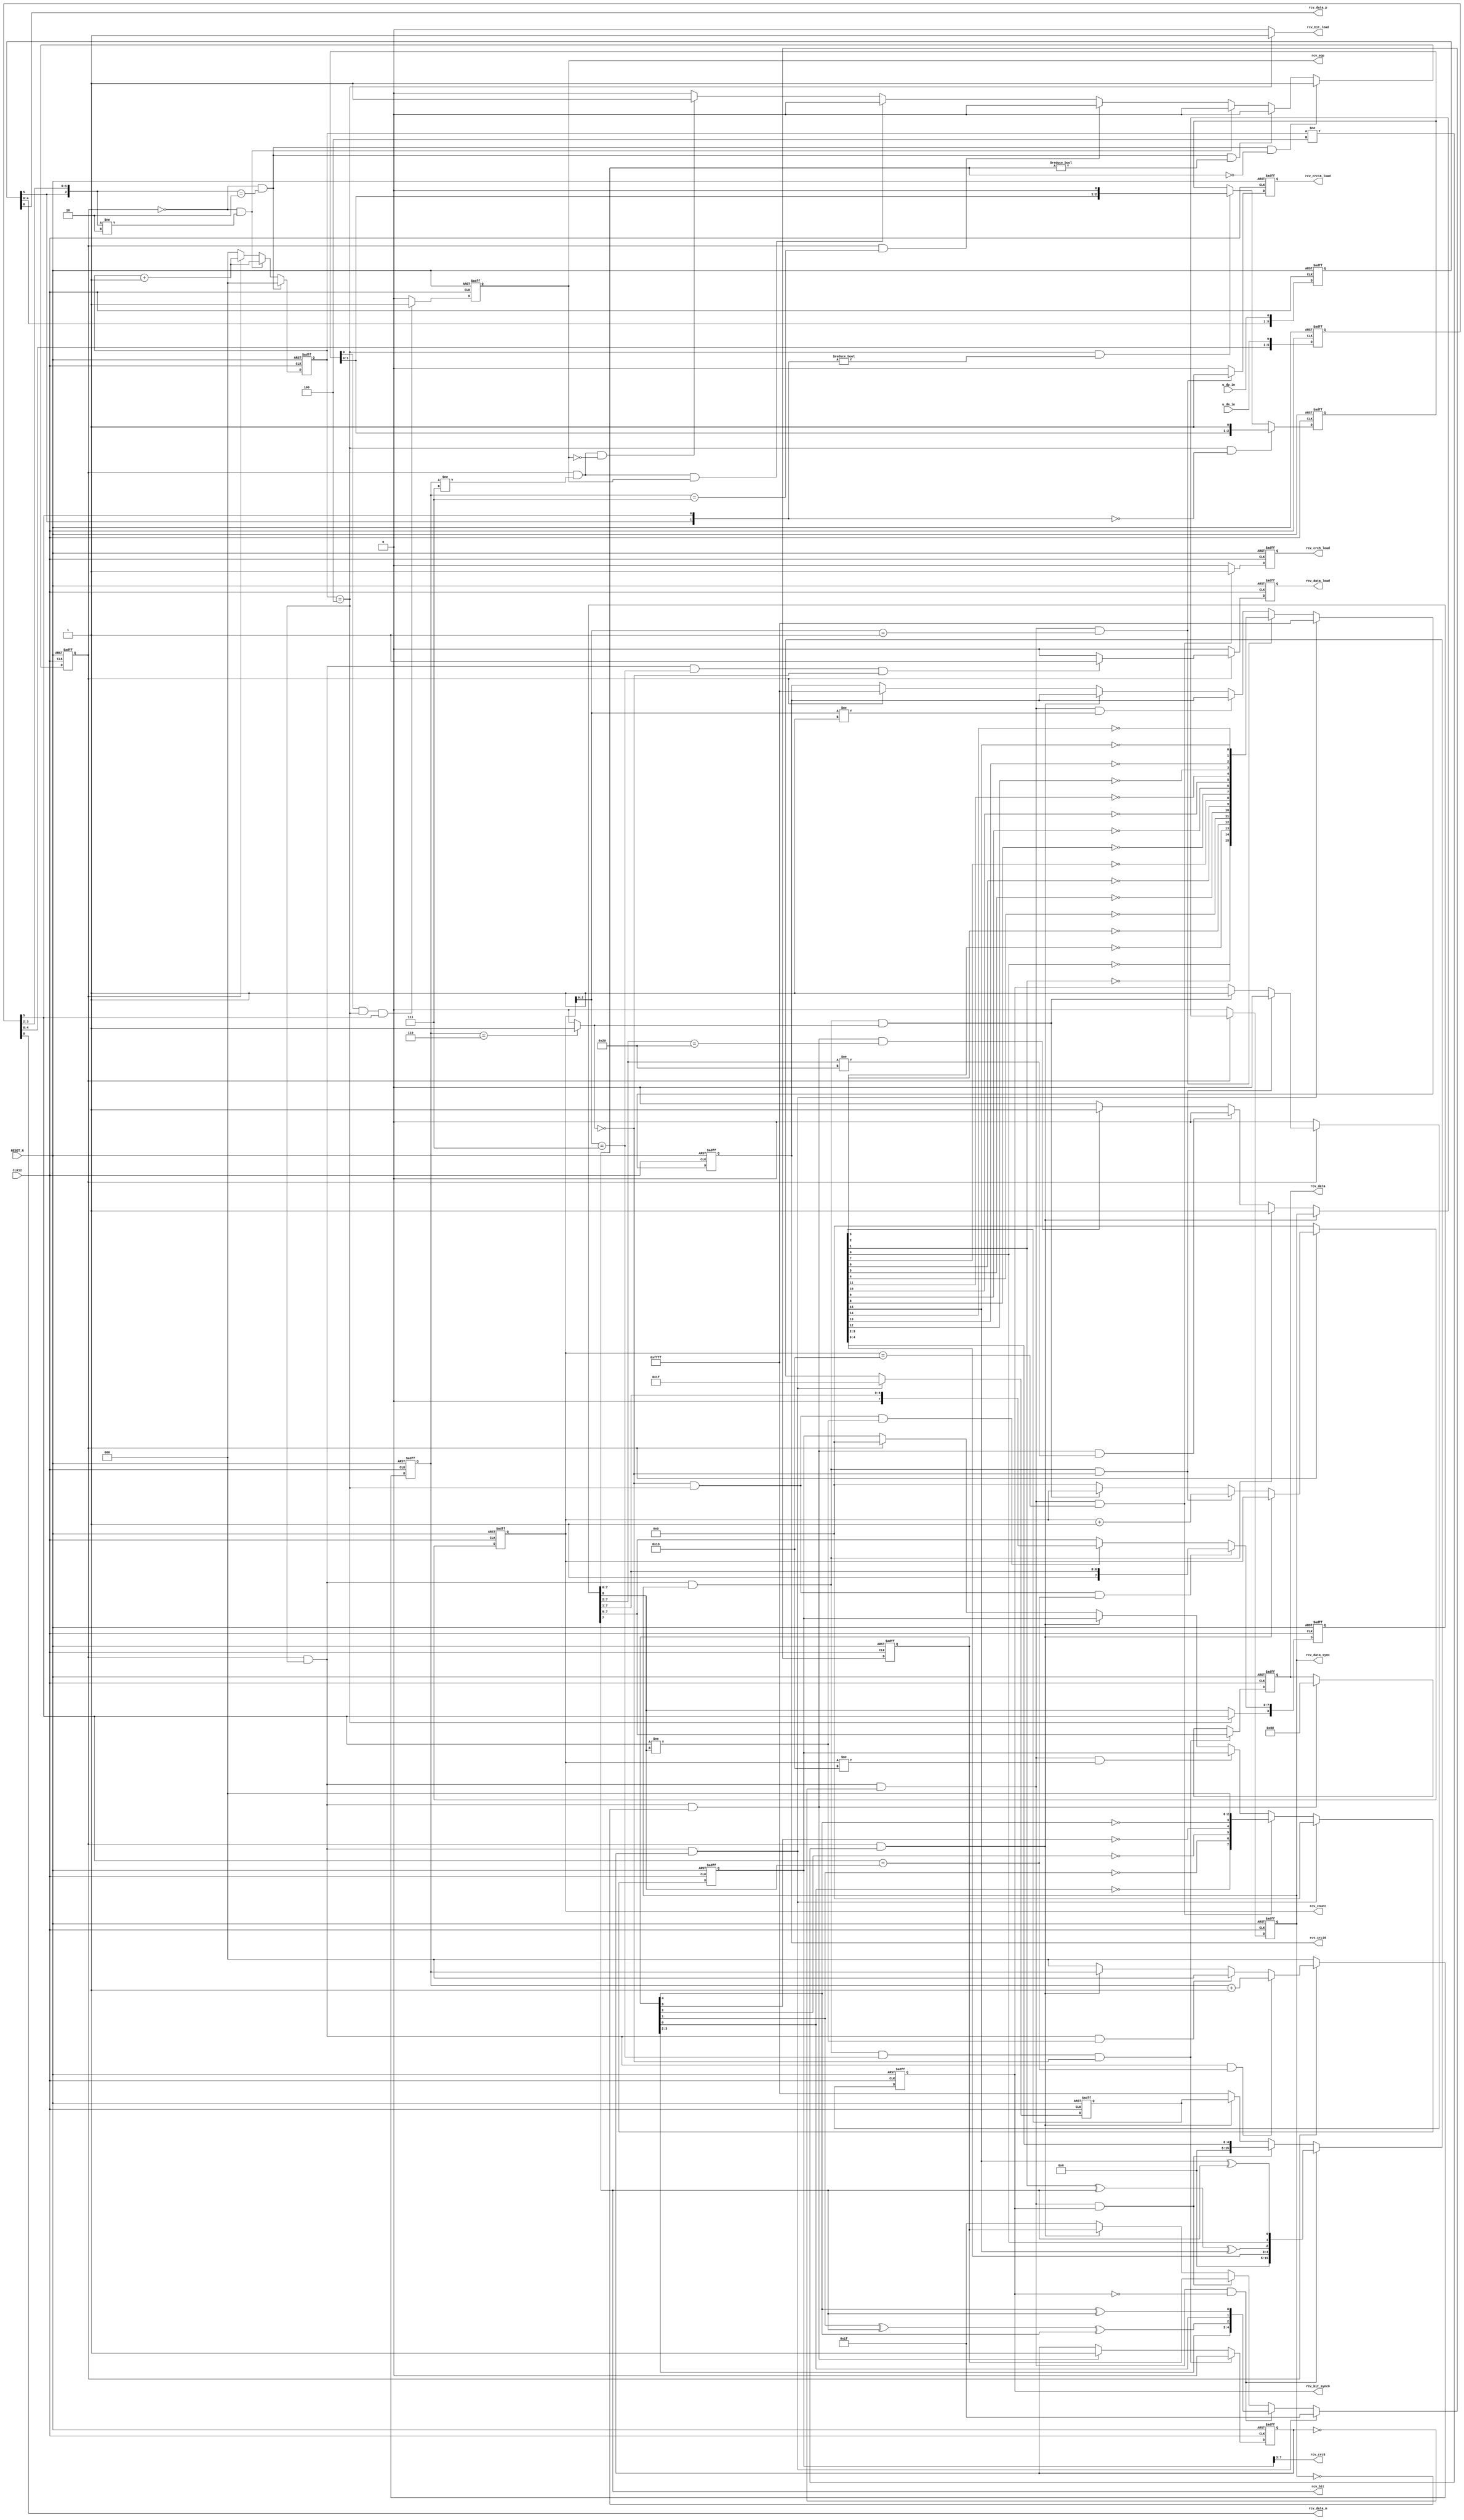
//-----------------------------------------------------------------------------
//
//  low_rcv.v : lowspeed recieve top module
//
//  LICENSE : as-is
//  copyright (C) 2013, TakeshiNagashima caramelgate@gmail.com
//------------------------------------------------------------------------------
//  2013/jun/17 release 0.0  connection test
//
//------------------------------------------------------------------------------

module low_rcv (
	input			u_dm_in,	// -D
	input			u_dp_in,	// +D

	output			rcv_data_m,		// -D
	output			rcv_data_p,		// +D

	output	[7:0]	rcv_data,		// recieve data
	output			rcv_data_load,	// data latch timing
	output			rcv_data_sync,	// bit latch timing
	output	[7:0]	rcv_count,		// bit count
	output			rcv_eop,		// find eop
	output	[4:0]	rcv_crc5,		// crc5
	output			rcv_crc5_load,	// crc5 latch timing
	output	[15:0]	rcv_crc16,		// crc16
	output			rcv_crc16_load,	// crc16 latch timing
	output			rcv_bit_sync6,	// find 1x6
	output			rcv_bit,		// recieve bit
	output			rcv_bit_load,	// bit latch timing

	input			CLK12,		// 12MHz (=1.5x8)
	input			RESET_N		// #reset
);



	reg		[7:0] rcv_data_p_in_r;
	reg		[7:0] rcv_data_m_in_r;
	reg		rcv_clk_sync_lock_r;
	reg		[2:0] rcv_clk_sync_count_r;
	reg		rcv_clk_sync_r;
	reg		[2:0] rcv_bit_sync_r;
	reg		rcv_bit_sync6_r;
	reg		rcv_data_sync_r;
	reg		rcv_data_load_r;
	reg		rcv_eop_r;
	reg		[2:0] rcv_eop_sync_r;
//	reg		[7:0] rcv_byte_count_r;
	reg		[7:0] rcv_data_count_r;
	reg		[8:0] rcv_data_in_r;
	reg		[7:0] rcv_data_r;
	reg		rcv_data_pid_r;
	reg		[4:0] rcv_data_crc5_r;
	reg		[7:0] rcv_data_crc5_out_r;
	reg		rcv_data_crc5_load_r;
	reg		[15:0] rcv_data_crc16_r;
	reg		[15:0] rcv_data_crc16_out_r;
	reg		rcv_data_crc16_load_r;

	wire	[7:0] rcv_data_p_in_w;
	wire	[7:0] rcv_data_m_in_w;
	wire	rcv_clk_sync_lock_w;
	wire	[2:0] rcv_clk_sync_count_w;
	wire	rcv_clk_sync_w;
	wire	[2:0] rcv_bit_sync_w;
	wire	rcv_bit_sync6_w;
	wire	rcv_data_sync_w;
	wire	rcv_data_load_w;
	wire	rcv_eop_w;
	wire	[2:0] rcv_eop_sync_w;
//	wire	[7:0] rcv_byte_count_w;
	wire	[7:0] rcv_data_count_w;
	wire	[8:0] rcv_data_in_w;
	wire	[7:0] rcv_data_w;
	wire	rcv_data_pid_w;
	wire	[4:0] rcv_data_crc5_w;
	wire	[7:0] rcv_data_crc5_out_w;
	wire	rcv_data_crc5_load_w;
	wire	[15:0] rcv_data_crc16_w;
	wire	[15:0] rcv_data_crc16_out_w;
	wire	rcv_data_crc16_load_w;

	assign rcv_data_m=rcv_data_m_in_r[0];
	assign rcv_data_p=rcv_data_p_in_r[0];

	assign rcv_data[7:0]=rcv_data_r[7:0];
	assign rcv_data_load=rcv_data_load_r;
	assign rcv_data_sync=rcv_data_sync_r;
	assign rcv_count[7:0]=rcv_data_count_r[7:0];
	assign rcv_eop=rcv_eop_r;
	assign rcv_crc5[4:0]=rcv_data_crc5_out_r[7:3];
	assign rcv_crc5_load=rcv_data_crc5_load_r;
	assign rcv_crc16[15:0]=rcv_data_crc16_out_r[15:0];
	assign rcv_crc16_load=rcv_data_crc16_load_r;
	assign rcv_bit_sync6=rcv_bit_sync6_r;
	assign rcv_bit=rcv_data_in_r[7];
	assign rcv_bit_load=(rcv_clk_sync_count_r[2:0]==3'b100) ? 1'b1 : 1'b0;


	always @(posedge CLK12 or negedge RESET_N)
	begin
		if (RESET_N==1'b0)
			begin
				rcv_data_p_in_r[7:0] <= 8'b0;
				rcv_data_m_in_r[7:0] <= 8'b0;
				rcv_clk_sync_lock_r <= 1'b0;
				rcv_clk_sync_count_r[2:0] <= 3'b0;
				rcv_clk_sync_r <= 1'b0;
				rcv_bit_sync_r[2:0] <= 3'b0;
				rcv_bit_sync6_r <= 1'b0;
			//	rcv_byte_count_r[7:0] <= 8'b0;
				rcv_data_count_r[7:0] <= 8'b0;
				rcv_data_sync_r <= 1'b0;
				rcv_data_load_r <= 1'b0;
				rcv_eop_r <= 1'b0;
				rcv_eop_sync_r[2:0] <= 3'b0;
				rcv_data_in_r[8:0] <= 9'h100;
				rcv_data_r[7:0] <= 8'h00;
				rcv_data_pid_r <= 1'b0;
				rcv_data_crc5_r[4:0] <= 5'b11111;
				rcv_data_crc5_out_r[7:0] <= 8'b0;
				rcv_data_crc5_load_r <= 1'b0;
				rcv_data_crc16_r[15:0] <= 16'hffff;
				rcv_data_crc16_out_r[15:0] <= 16'hffff;
				rcv_data_crc16_load_r <= 1'b0;
			end
		else
			begin
				rcv_data_p_in_r[7:0] <= rcv_data_p_in_w[7:0];
				rcv_data_m_in_r[7:0] <= rcv_data_m_in_w[7:0];
				rcv_clk_sync_lock_r <= rcv_clk_sync_lock_w;
				rcv_clk_sync_count_r[2:0] <= rcv_clk_sync_count_w[2:0];
				rcv_clk_sync_r <= rcv_clk_sync_w;
				rcv_bit_sync_r[2:0] <= rcv_bit_sync_w[2:0];
				rcv_bit_sync6_r <= rcv_bit_sync6_w;
			//	rcv_byte_count_r[7:0] <= rcv_byte_count_w[7:0];
				rcv_data_count_r[7:0] <= rcv_data_count_w[7:0];
				rcv_data_sync_r <= rcv_data_sync_w;
				rcv_data_load_r <= rcv_data_load_w;
				rcv_eop_r <= rcv_eop_w;
				rcv_eop_sync_r[2:0] <= rcv_eop_sync_w[2:0];
				rcv_data_in_r[8:0] <= rcv_data_in_w[8:0];
				rcv_data_r[7:0] <= rcv_data_w[7:0];
				rcv_data_pid_r <= rcv_data_pid_w;
				rcv_data_crc5_r[4:0] <= rcv_data_crc5_w[4:0];
				rcv_data_crc5_out_r[7:0] <= rcv_data_crc5_out_w[7:0];
				rcv_data_crc5_load_r <= rcv_data_crc5_load_w;
				rcv_data_crc16_r[15:0] <= rcv_data_crc16_w[15:0];
				rcv_data_crc16_out_r[15:0] <= rcv_data_crc16_out_w[15:0];
				rcv_data_crc16_load_r <= rcv_data_crc16_load_w;
			end
	end

	assign rcv_data_p_in_w[7:0]={rcv_data_p_in_r[6:0],u_dp_in};	// +D sample
	assign rcv_data_m_in_w[7:0]={rcv_data_m_in_r[6:0],u_dm_in};	// -D sample

	assign rcv_clk_sync_lock_w=
			(rcv_clk_sync_lock_r==1'b0) & ({rcv_data_p_in_r[5],rcv_data_m_in_r[3:2]}==3'b010) & (rcv_data_in_r[7:6]==2'b00) ? 1'b1 :	// clock lock
			(rcv_clk_sync_lock_r==1'b0) & ({rcv_data_p_in_r[5],rcv_data_m_in_r[3:2]}==3'b010) & (rcv_data_in_r[7:6]!=2'b00) ? 1'b0 :
			(rcv_clk_sync_lock_r==1'b0) & ({rcv_data_p_in_r[5],rcv_data_m_in_r[3:2]}!=3'b010) ? 1'b0 :
			(rcv_clk_sync_lock_r==1'b1) & (rcv_bit_sync_r[2:0]==3'b111) ? 1'b0 :
			(rcv_clk_sync_lock_r==1'b1) & (rcv_bit_sync_r[2:0]!=3'b111) & (rcv_eop_r==1'b1) ? 1'b0 :
			(rcv_clk_sync_lock_r==1'b1) & (rcv_bit_sync_r[2:0]!=3'b111) & (rcv_eop_r==1'b0) ? 1'b1 :
			1'b0;

	assign rcv_clk_sync_count_w[2:0]=
			(rcv_clk_sync_lock_r==1'b0) & ({rcv_data_p_in_r[5],rcv_data_m_in_r[3:2]}==3'b010) ? 3'b0 :
			(rcv_clk_sync_lock_r==1'b0) & ({rcv_data_p_in_r[5],rcv_data_m_in_r[3:2]}!=3'b010) ? rcv_clk_sync_count_r[2:0]+3'b001 :
			(rcv_clk_sync_lock_r==1'b1) ? rcv_clk_sync_count_r[2:0]+3'b001 :
			3'b000;

	assign rcv_clk_sync_w=(rcv_clk_sync_lock_r==1'b1) & (rcv_clk_sync_count_r[2:0]==3'b000) ? 1'b1 : 1'b0;

//	wire	rcv_bit_sync6;
//	assign rcv_bit_sync6=(rcv_bit_sync_r[2:0]==3'b101) & (rcv_data_m_in_r[5]==rcv_data_in_r[8]) ? 1'b1 : 1'b0;
//	assign rcv_bit_sync6=1'b0;

	wire	rcv_bit_sync6_skip;

	assign rcv_bit_sync6_skip=(rcv_bit_sync_r[2:0]==3'b110) ? 1'b1 : 1'b0;

	assign rcv_bit_sync_w[2:0]=
			(rcv_clk_sync_lock_r==1'b0) ? 3'b0 :
			(rcv_clk_sync_lock_r==1'b1) & (rcv_clk_sync_count_r[2:0]==3'b100) & (rcv_data_m_in_r[5]==rcv_data_in_r[8]) ? rcv_bit_sync_r[2:0]+3'b01 :
			(rcv_clk_sync_lock_r==1'b1) & (rcv_clk_sync_count_r[2:0]==3'b100) & (rcv_data_m_in_r[5]!=rcv_data_in_r[8]) ? 3'b0 :
			(rcv_clk_sync_lock_r==1'b1) & (rcv_clk_sync_count_r[2:0]!=3'b100) ? rcv_bit_sync_r[2:0] :
			3'b0;

	assign rcv_bit_sync6_w=
			(rcv_clk_sync_lock_r==1'b0) ? 1'b0 :
			(rcv_clk_sync_lock_r==1'b1) & (rcv_clk_sync_count_r[2:0]==3'b100) & (rcv_data_sync_r==1'b1) & (rcv_bit_sync6_skip==1'b0) ? 1'b0 :
			(rcv_clk_sync_lock_r==1'b1) & (rcv_clk_sync_count_r[2:0]==3'b100) & (rcv_data_sync_r==1'b1) & (rcv_bit_sync6_skip==1'b1) ? 1'b1 :
			rcv_bit_sync6_r;

//	assign rcv_byte_count_w[7:0]=
//			(rcv_clk_sync_lock_r==1'b0) ? 8'b0 :
//			(rcv_clk_sync_lock_r==1'b1) & (rcv_clk_sync_count_r[2:0]!=3'b100) ? rcv_byte_count_r[7:0] :
//			(rcv_clk_sync_lock_r==1'b1) & (rcv_clk_sync_count_r[2:0]==3'b100) & (rcv_data_sync_r==1'b1) & (rcv_bit_sync6_skip==1'b0) ? rcv_byte_count_r[7:0]+8'b01 :
//			(rcv_clk_sync_lock_r==1'b1) & (rcv_clk_sync_count_r[2:0]==3'b100) & (rcv_data_sync_r==1'b1) & (rcv_bit_sync6_skip==1'b1) ? rcv_byte_count_r[7:0] :
//			(rcv_clk_sync_lock_r==1'b1) & (rcv_clk_sync_count_r[2:0]==3'b100) & (rcv_data_sync_r==1'b0) ? 8'b0 :
//			8'b0;

	assign rcv_data_count_w[7:0]=
			(rcv_clk_sync_lock_r==1'b0) ? 8'b0 :
			(rcv_clk_sync_lock_r==1'b1) & (rcv_clk_sync_count_r[2:0]!=3'b100) ? rcv_data_count_r[7:0] :
			(rcv_clk_sync_lock_r==1'b1) & (rcv_clk_sync_count_r[2:0]==3'b100) & (rcv_data_sync_r==1'b1) & (rcv_bit_sync6_skip==1'b0) ? rcv_data_count_r[7:0]+8'b01 :
			(rcv_clk_sync_lock_r==1'b1) & (rcv_clk_sync_count_r[2:0]==3'b100) & (rcv_data_sync_r==1'b1) & (rcv_bit_sync6_skip==1'b1) ? rcv_data_count_r[7:0] :
			(rcv_clk_sync_lock_r==1'b1) & (rcv_clk_sync_count_r[2:0]==3'b100) & (rcv_data_sync_r==1'b0) ? 8'b0 :
			8'b0;

	assign rcv_data_sync_w=
			(rcv_clk_sync_lock_r==1'b0) ? 1'b0 :
			(rcv_clk_sync_lock_r==1'b1) & (rcv_clk_sync_count_r[2:0]!=3'b100) ? rcv_data_sync_r :
			(rcv_clk_sync_lock_r==1'b1) & (rcv_clk_sync_count_r[2:0]==3'b100) & (rcv_data_sync_r==1'b1) ? 1'b1 :
			(rcv_clk_sync_lock_r==1'b1) & (rcv_clk_sync_count_r[2:0]==3'b100) & (rcv_data_sync_r==1'b0) & (rcv_data_in_r[7:2]!=6'b1000_00) ? 1'b0 :
			(rcv_clk_sync_lock_r==1'b1) & (rcv_clk_sync_count_r[2:0]==3'b100) & (rcv_data_sync_r==1'b0) & (rcv_data_in_r[7:2]==6'b1000_00) ? 1'b1 :
			1'b0;

	assign rcv_data_load_w=
			(rcv_clk_sync_lock_r==1'b0) ? 1'b0 :
			(rcv_clk_sync_lock_r==1'b1) & (rcv_clk_sync_count_r[2:0]==3'b100) & (rcv_data_count_r[2:0]==3'b111) & (rcv_bit_sync6_skip==1'b0) ? 1'b1 : //!rcv_data_load_r :
			(rcv_clk_sync_lock_r==1'b1) & (rcv_clk_sync_count_r[2:0]==3'b100) & (rcv_data_count_r[2:0]==3'b111) & (rcv_bit_sync6_skip==1'b1) ? 1'b0 : //rcv_data_load_r :
			(rcv_clk_sync_lock_r==1'b1) & (rcv_clk_sync_count_r[2:0]==3'b100) & (rcv_data_count_r[2:0]!=3'b111) ? 1'b0 ://rcv_data_load_r :
			1'b0; //rcv_data_load_r;

	assign rcv_eop_w=
			(rcv_eop_sync_r[0]==1'b1) & (rcv_clk_sync_count_r[2:0]==3'b100) & (rcv_data_m_in_r[5]==1'b1) ? 1'b1 :
			1'b0;

	assign rcv_eop_sync_w[2:0]=
			(rcv_clk_sync_count_r[2:0]==3'b100) & ({rcv_data_p_in_r[5],rcv_data_m_in_r[5]}==2'b00) ? {rcv_eop_sync_r[1:0],1'b1} :
			(rcv_clk_sync_count_r[2:0]==3'b100) & ({rcv_data_p_in_r[5],rcv_data_m_in_r[5]}!=2'b00) ? {rcv_eop_sync_r[1:0],1'b0} :
			rcv_eop_sync_r[2:0];

	assign rcv_data_in_w[8]=
			(rcv_clk_sync_count_r[2:0]==3'b100) ? rcv_data_m_in_r[5] :
			rcv_data_in_r[8];

	assign rcv_data_in_w[7:0]=
			(rcv_bit_sync6_skip==1'b0) & (rcv_clk_sync_count_r[2:0]==3'b100) & (rcv_data_m_in_r[5]==rcv_data_in_r[8]) ? {1'b1,rcv_data_in_r[7:1]} :
			(rcv_bit_sync6_skip==1'b0) & (rcv_clk_sync_count_r[2:0]==3'b100) & (rcv_data_m_in_r[5]!=rcv_data_in_r[8]) ? {1'b0,rcv_data_in_r[7:1]} :
			(rcv_bit_sync6_skip==1'b1) ? rcv_data_in_r[7:0] :
			rcv_data_in_r[7:0];

	assign rcv_data_w[7:0]=
			(rcv_clk_sync_lock_r==1'b1) & (rcv_clk_sync_count_r[2:0]==3'b100) & (rcv_data_sync_r==1'b1) & (rcv_data_count_r[2:0]==3'b111) & (rcv_bit_sync6_skip==1'b0) ? rcv_data_in_r[7:0] :
			(rcv_clk_sync_lock_r==1'b1) & (rcv_clk_sync_count_r[2:0]==3'b100) & (rcv_data_sync_r==1'b0) ? 8'h80 :
			rcv_data_r[7:0];

	assign rcv_data_pid_w=
			(rcv_clk_sync_lock_r==1'b1) & (rcv_clk_sync_count_r[2:0]==3'b100) & (rcv_data_sync_r==1'b1) & (rcv_data_count_r[2:0]==3'b111) & (rcv_bit_sync6_skip==1'b0) ? 1'b0 :
			(rcv_clk_sync_lock_r==1'b1) & (rcv_clk_sync_count_r[2:0]==3'b100) & (rcv_data_sync_r==1'b0) ? 1'b1 :
			rcv_data_pid_r;

	wire	[4:0] rcv_data_crc5_tmp;
	wire	[4:0] rcv_data_crc5_out_tmp;

	assign rcv_data_crc5_tmp[0]=rcv_data_crc5_r[4] ^ rcv_data_in_r[7];
	assign rcv_data_crc5_tmp[1]=rcv_data_crc5_r[0];
	assign rcv_data_crc5_tmp[2]=rcv_data_crc5_r[1] ^ rcv_data_in_r[7] ^ rcv_data_crc5_r[4];
	assign rcv_data_crc5_tmp[3]=rcv_data_crc5_r[2];
	assign rcv_data_crc5_tmp[4]=rcv_data_crc5_r[3];

	assign rcv_data_crc5_w[4:0]=
			(rcv_clk_sync_lock_r==1'b1) & (rcv_clk_sync_count_r[2:0]==3'b100) & (rcv_data_pid_r==1'b1) ? 5'b11111 :
			(rcv_clk_sync_lock_r==1'b1) & (rcv_clk_sync_count_r[2:0]==3'b100) & (rcv_data_pid_r==1'b0) & (rcv_bit_sync6_r!=1'b1) ? rcv_data_crc5_tmp[4:0] :
			(rcv_clk_sync_lock_r==1'b1) & (rcv_clk_sync_count_r[2:0]==3'b100) & (rcv_data_pid_r==1'b0) & (rcv_bit_sync6_r==1'b1) ? rcv_data_crc5_r[4:0] :
			(rcv_clk_sync_lock_r==1'b1) & (rcv_clk_sync_count_r[2:0]!=3'b100) ? rcv_data_crc5_r[4:0] :
			(rcv_clk_sync_lock_r==1'b0) ? 5'b11111 :
			5'b11111;

	assign rcv_data_crc5_out_tmp[4:0]={!rcv_data_crc5_r[0],!rcv_data_crc5_r[1],!rcv_data_crc5_r[2],!rcv_data_crc5_r[3],!rcv_data_crc5_r[4]};

	assign rcv_data_crc5_out_w[7:0]=
			(rcv_clk_sync_lock_r==1'b1) & (rcv_clk_sync_count_r[2:0]==3'b100) & (rcv_data_pid_r==1'b1) ? 8'b0 :
			(rcv_clk_sync_lock_r==1'b1) & (rcv_clk_sync_count_r[2:0]==3'b100) & (rcv_data_pid_r==1'b0) & (rcv_data_count_r[7:0]==8'h13) ? {rcv_data_crc5_out_tmp[4:0],3'b0} :
			(rcv_clk_sync_lock_r==1'b1) & (rcv_clk_sync_count_r[2:0]==3'b100) & (rcv_data_pid_r==1'b0) & (rcv_data_count_r[7:0]!=8'h13) ? rcv_data_crc5_out_r[7:0] :
			(rcv_clk_sync_lock_r==1'b1) & (rcv_clk_sync_count_r[2:0]!=3'b100) ? rcv_data_crc5_out_r[7:0] :
			(rcv_clk_sync_lock_r==1'b0) ? rcv_data_crc5_out_r[7:0] :
			8'b0;

	assign rcv_data_crc5_load_w=(rcv_clk_sync_lock_r==1'b1) & (rcv_clk_sync_count_r[2:0]==3'b100) & (rcv_data_pid_r==1'b0) & (rcv_data_count_r[7:0]==8'h13) ? 1'b1 :1'b0;

	wire	[15:0] rcv_data_crc16_tmp;
	wire	[15:0] rcv_data_crc16_out_tmp;

	assign rcv_data_crc16_tmp[0]=rcv_data_crc16_r[15] ^ rcv_data_in_r[7];
	assign rcv_data_crc16_tmp[1]=rcv_data_crc16_r[0];
	assign rcv_data_crc16_tmp[2]=rcv_data_crc16_r[1] ^ rcv_data_in_r[7] ^ rcv_data_crc16_r[15];
	assign rcv_data_crc16_tmp[3]=rcv_data_crc16_r[2];
	assign rcv_data_crc16_tmp[4]=rcv_data_crc16_r[3];
	assign rcv_data_crc16_tmp[5]=rcv_data_crc16_r[4];
	assign rcv_data_crc16_tmp[6]=rcv_data_crc16_r[5];
	assign rcv_data_crc16_tmp[7]=rcv_data_crc16_r[6];
	assign rcv_data_crc16_tmp[8]=rcv_data_crc16_r[7];
	assign rcv_data_crc16_tmp[9]=rcv_data_crc16_r[8];
	assign rcv_data_crc16_tmp[10]=rcv_data_crc16_r[9];
	assign rcv_data_crc16_tmp[11]=rcv_data_crc16_r[10];
	assign rcv_data_crc16_tmp[12]=rcv_data_crc16_r[11];
	assign rcv_data_crc16_tmp[13]=rcv_data_crc16_r[12];
	assign rcv_data_crc16_tmp[14]=rcv_data_crc16_r[13];
	assign rcv_data_crc16_tmp[15]=rcv_data_crc16_r[14] ^ rcv_data_in_r[7] ^ rcv_data_crc16_r[15];

	assign rcv_data_crc16_w[15:0]=
			(rcv_clk_sync_lock_r==1'b1) & (rcv_clk_sync_count_r[2:0]==3'b100) & (rcv_data_pid_r==1'b1) ? 5'b11111 :
			(rcv_clk_sync_lock_r==1'b1) & (rcv_clk_sync_count_r[2:0]==3'b100) & (rcv_data_pid_r==1'b0) & (rcv_bit_sync6_r!=1'b1) ? rcv_data_crc16_tmp[4:0] :
			(rcv_clk_sync_lock_r==1'b1) & (rcv_clk_sync_count_r[2:0]==3'b100) & (rcv_data_pid_r==1'b0) & (rcv_bit_sync6_r==1'b1) ? rcv_data_crc16_r[4:0] :
			(rcv_clk_sync_lock_r==1'b1) & (rcv_clk_sync_count_r[2:0]!=3'b100) ? rcv_data_crc16_r[15:0] :
			(rcv_clk_sync_lock_r==1'b0) ? 16'hffff :
			16'hffff;

	assign rcv_data_crc16_out_tmp[15:12]={!rcv_data_crc16_r[0],!rcv_data_crc16_r[1],!rcv_data_crc16_r[2],!rcv_data_crc16_r[3]};
	assign rcv_data_crc16_out_tmp[11:8]={!rcv_data_crc16_r[4],!rcv_data_crc16_r[5],!rcv_data_crc16_r[6],!rcv_data_crc16_r[7]};
	assign rcv_data_crc16_out_tmp[7:4]={!rcv_data_crc16_r[8],!rcv_data_crc16_r[9],!rcv_data_crc16_r[10],!rcv_data_crc16_r[11]};
	assign rcv_data_crc16_out_tmp[3:0]={!rcv_data_crc16_r[12],!rcv_data_crc16_r[13],!rcv_data_crc16_r[14],!rcv_data_crc16_r[15]};

	assign rcv_data_crc16_out_w[15:0]=
			(rcv_clk_sync_lock_r==1'b1) & (rcv_clk_sync_count_r[2:0]==3'b100) & (rcv_data_pid_r==1'b1) ? 16'hffff :
			(rcv_clk_sync_lock_r==1'b1) & (rcv_clk_sync_count_r[2:0]==3'b100) & (rcv_data_pid_r==1'b0) & (rcv_data_count_r[2:0]==3'b001) ? rcv_data_crc16_out_tmp[15:0] :
			(rcv_clk_sync_lock_r==1'b1) & (rcv_clk_sync_count_r[2:0]==3'b100) & (rcv_data_pid_r==1'b0) & (rcv_data_count_r[2:0]!=3'b001) ? rcv_data_crc16_out_r[15:0] :
			(rcv_clk_sync_lock_r==1'b1) & (rcv_clk_sync_count_r[2:0]!=3'b100) ? rcv_data_crc16_out_r[15:0] :
			(rcv_clk_sync_lock_r==1'b0) ? rcv_data_crc16_out_r[15:0] :
			16'hffff;

	assign rcv_data_crc16_load_w=(rcv_clk_sync_lock_r==1'b1) & (rcv_clk_sync_count_r[2:0]==3'b100) & (rcv_data_pid_r==1'b0) & (rcv_data_count_r[2:0]==3'b001) ? 1'b1 :1'b0;

endmodule